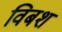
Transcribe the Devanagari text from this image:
विबश